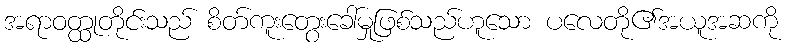
အရာဝတ္ထုတိုင်းသည် စိတ်ကူးတွေးခေါ်မှုဖြစ်သည်ဟူသော ပလေတို၏အယူအဆကို